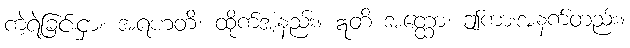
ကဲ့ရဲ့ခြင်းငှာ။ အရဟတိ၊ ထိုက်အံ့နည်း။ ဣတိ အတ္ထော၊ ဤကားအနက်တည်း။